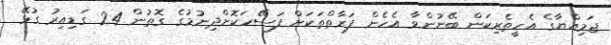
ޖަމިއްޔާގެ އެހީތެރިކަން ބޭނުންވާ އެހެން ފަރާތްތަކަށް ފަސޭހަކޮށްދިނުމުގެ ގޮތުން 24 ގަޑިއިރު ގުޅޭ